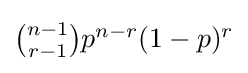
{\textstyle {\binom {n-1}{r-1}}p^{n-r}(1-p)^{r}}